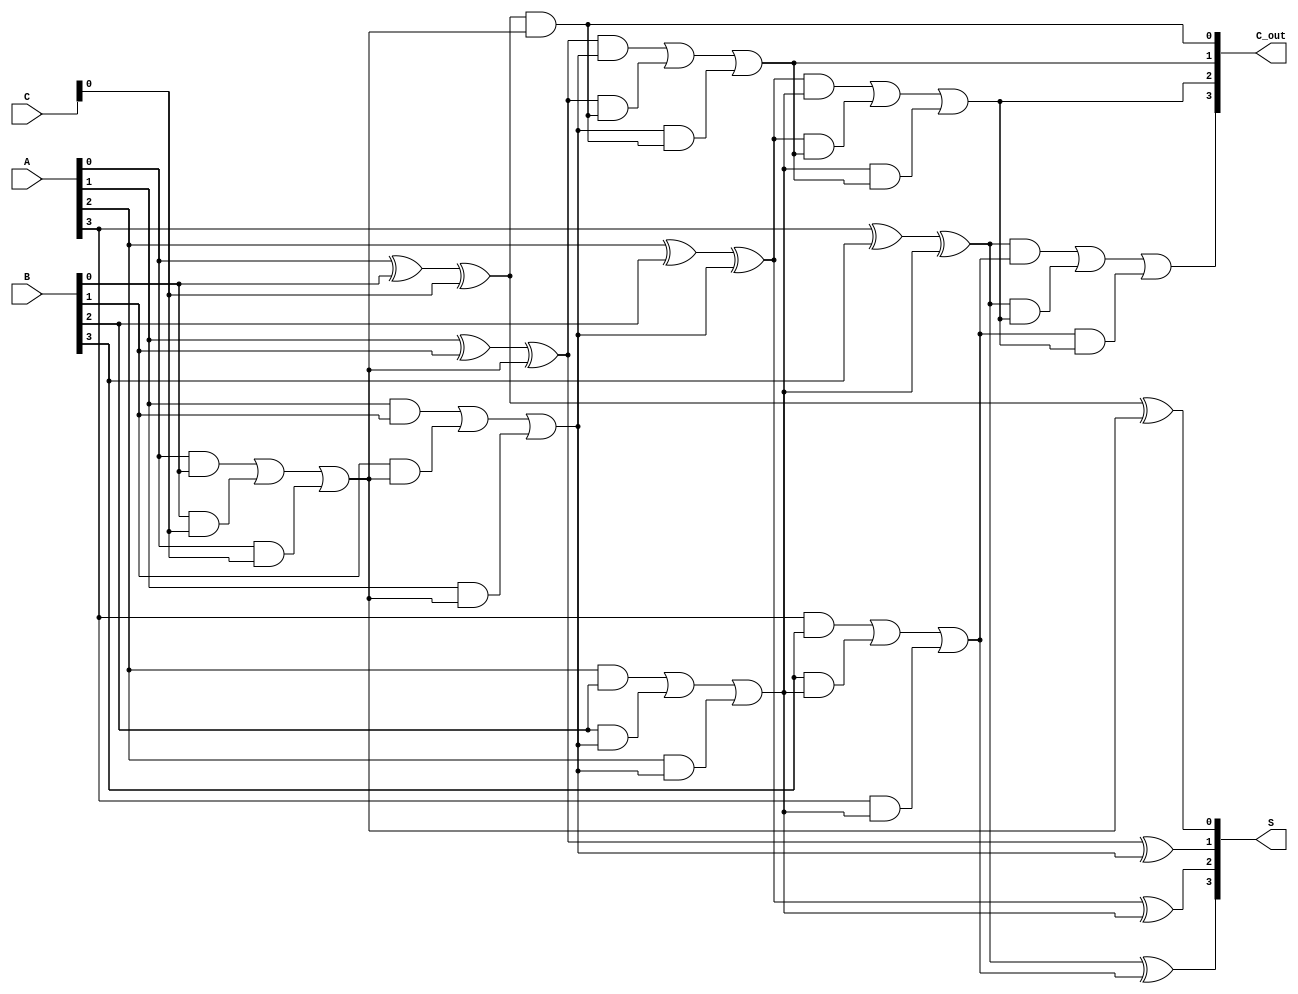
module dynamic_carry_save_adder #(parameter n = 4) (
    input  [n-1:0] A,  // First input
    input  [n-1:0] B,  // Second input
    input  [n-1:0] C,  // Third input
    output [n-1:0] S,  // Sum output
    output [n-1:0] C_out // Carry output
);

// Internal wires for partial sums and carries
wire [n-1:0] sum1, carry1;
wire [n-1:0] sum2, carry2;

// First stage of full adders
genvar i;
generate
    for (i = 0; i < n; i = i + 1) begin : stage1
        if (i == 0) begin
            // First full adder for the least significant bit
            assign sum1[i] = A[i] ^ B[i] ^ C[i];
            assign carry1[i] = (A[i] & B[i]) | (B[i] & C[i]) | (A[i] & C[i]);
        end else begin
            // Full adders for the remaining bits
            assign sum1[i] = A[i] ^ B[i] ^ carry1[i-1];
            assign carry1[i] = (A[i] & B[i]) | (B[i] & carry1[i-1]) | (A[i] & carry1[i-1]);
        end
    end
endgenerate

// Second stage of full adders
generate
    for (i = 0; i < n; i = i + 1) begin : stage2
        if (i == 0) begin
            // First full adder for the least significant bit
            assign S[i] = sum1[i] ^ carry1[i];
            assign C_out[i] = sum1[i] & carry1[i];
        end else begin
            // Full adders for the remaining bits
            assign S[i] = sum1[i] ^ carry1[i];
            assign C_out[i] = (sum1[i] & carry1[i]) | (sum1[i] & C_out[i-1]) | (carry1[i] & C_out[i-1]);
        end
    end
endgenerate

endmodule